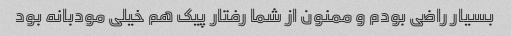
بسیار راضی بودم و ممنون از شما رفتار پیک هم خیلی مودبانه بود